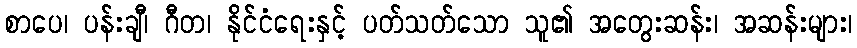
စာပေ၊ ပန်းချီ၊ ဂီတ၊ နိုင်ငံရေးနှင့် ပတ်သတ်သော သူ၏ အတွေးဆန်း၊ အဆန်းများ၊